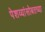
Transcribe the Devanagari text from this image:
पेशव्यांसोबतच्या